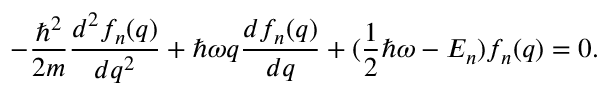
- \frac { \hbar ^ { 2 } } { 2 m } \frac { d ^ { 2 } f _ { n } ( q ) } { d q ^ { 2 } } + \hbar \omega q \frac { d f _ { n } ( q ) } { d q } + ( \frac { 1 } { 2 } \hbar \omega - E _ { n } ) f _ { n } ( q ) = 0 .